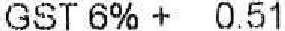
GST 6% + 0.51